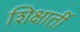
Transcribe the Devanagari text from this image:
शिक्षार्ती